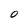
Character: 0